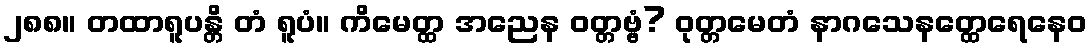
၂၈၈။ တထာရူပန္တိ တံ ရူပံ။ ကိမေတ္ထ အညေန ဝတ္တဗ္ဗံ? ဝုတ္တမေတံ နာဂသေနတ္ထေရေနေဝ